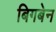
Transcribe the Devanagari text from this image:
बिगबेन